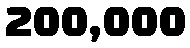
200,000